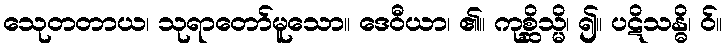
သေုတတာယ၊ သုရာတော်မူသော။ ဒေဝီယာ၊ ၏။ ကုစ္ဆိသ္မိ၊ ၍။ ပဋိသန္ဓိ၊ ဝ်။